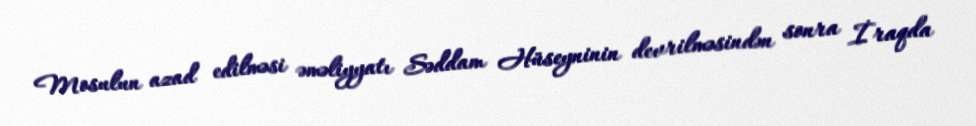
Mosulun azad edilməsi əməliyyatı Səddam Hüseyninin devrilməsindən sonra İraqda